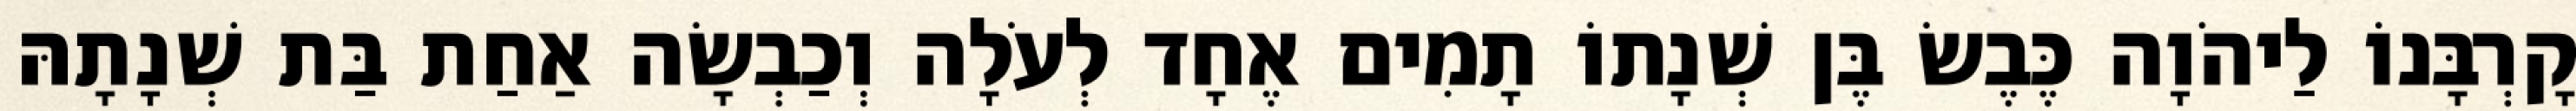
קָרְבָּנוֹ לַיהֹוָה כֶּבֶשׂ בֶּן שְׁנָתוֹ תָמִים אֶחָד לְעֹלָה וְכַבְשָׂה אַחַת בַּת שְׁנָתָהּ